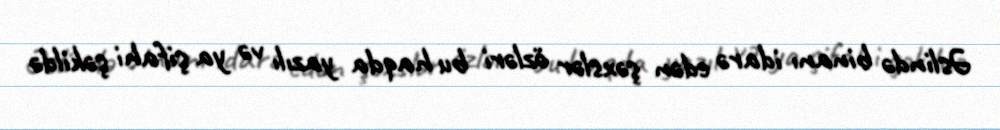
Əslində binanı idarə edən şəxslər özləri bu haqda yazılı və ya şifahi şəkildə